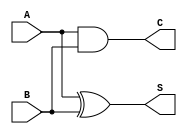
module current_mode_half_adder (
    input wire A,  // Current input for the first binary digit
    input wire B,  // Current input for the second binary digit
    output wire S, // Current output for the sum
    output wire C  // Current output for the carry
);

// Using basic logical operations to define the half-adder behavior
assign S = A ^ B; // Sum is A XOR B
assign C = A & B; // Carry is A AND B

endmodule